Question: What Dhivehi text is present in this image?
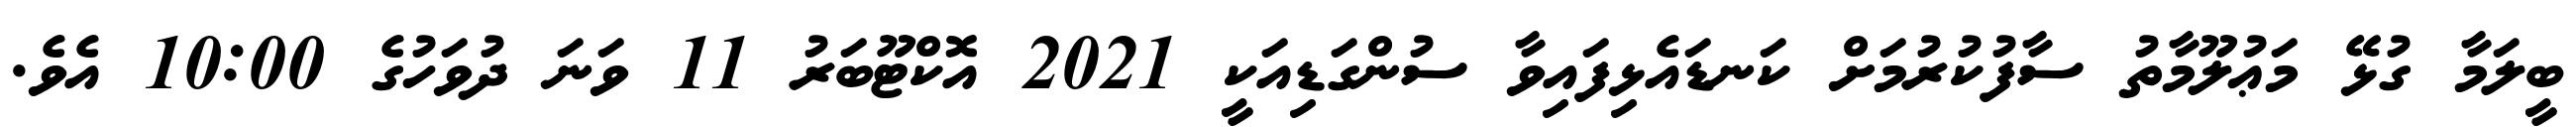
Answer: ބީލަމާ ގުޅޭ މަޢުލޫމާތު ސާފުކުރުމަށް ކަނޑައެޅިފައިވާ ސުންގަޑިއަކީ 2021 އޮކްޓޫބަރު 11 ވަނަ ދުވަހުގެ 10:00 އެވެ.